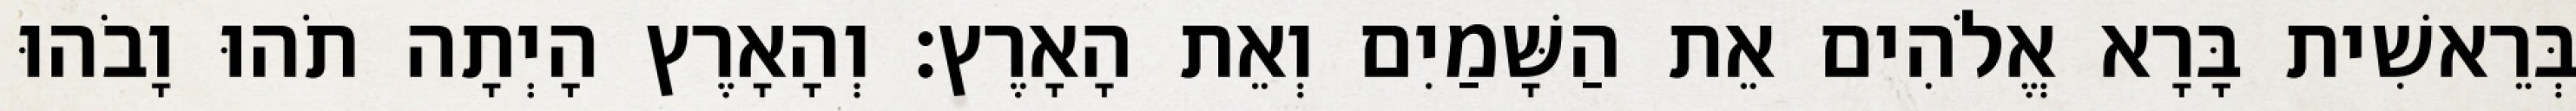
בְּרֵאשִׁית בָּרָא אֱלֹהִים אֵת הַשָּׁמַיִם וְאֵת הָאָרֶץ׃ וְהָאָרֶץ הָיְתָה תֹהוּ וָבֹהוּ